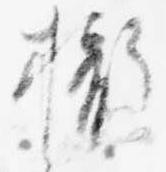
撤